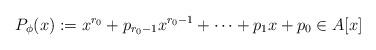
LaTeX: \begin{align*}P_{\phi}(x):=x^{r_0}+p_{r_0-1}x^{r_0-1}+\dots+p_1x+ p_0 \in A[x]\end{align*}